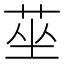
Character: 莝